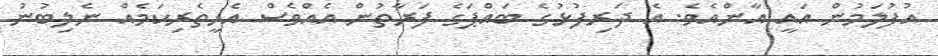
އުފުލަމުން އައީ އާންއެވެ. އެ ދަރިފުޅުގެ ބައްޕަގެ ފަރާތުން އެއްވެސް އެހީތެރިކަމެއް ނެލިބުނު